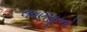
લવણસૂરનો